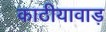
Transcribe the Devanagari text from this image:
काठीयावाड़